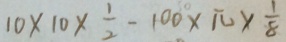
1 0 \times 1 0 \times \frac { 1 } { 2 } - 1 0 0 \times \pi \times \frac { 1 } { 8 }